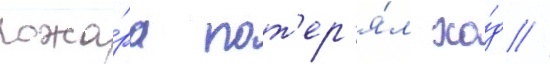
пожа́ра пот'ер'я́л хо́д //